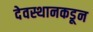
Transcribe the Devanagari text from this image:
देवस्थानकडून